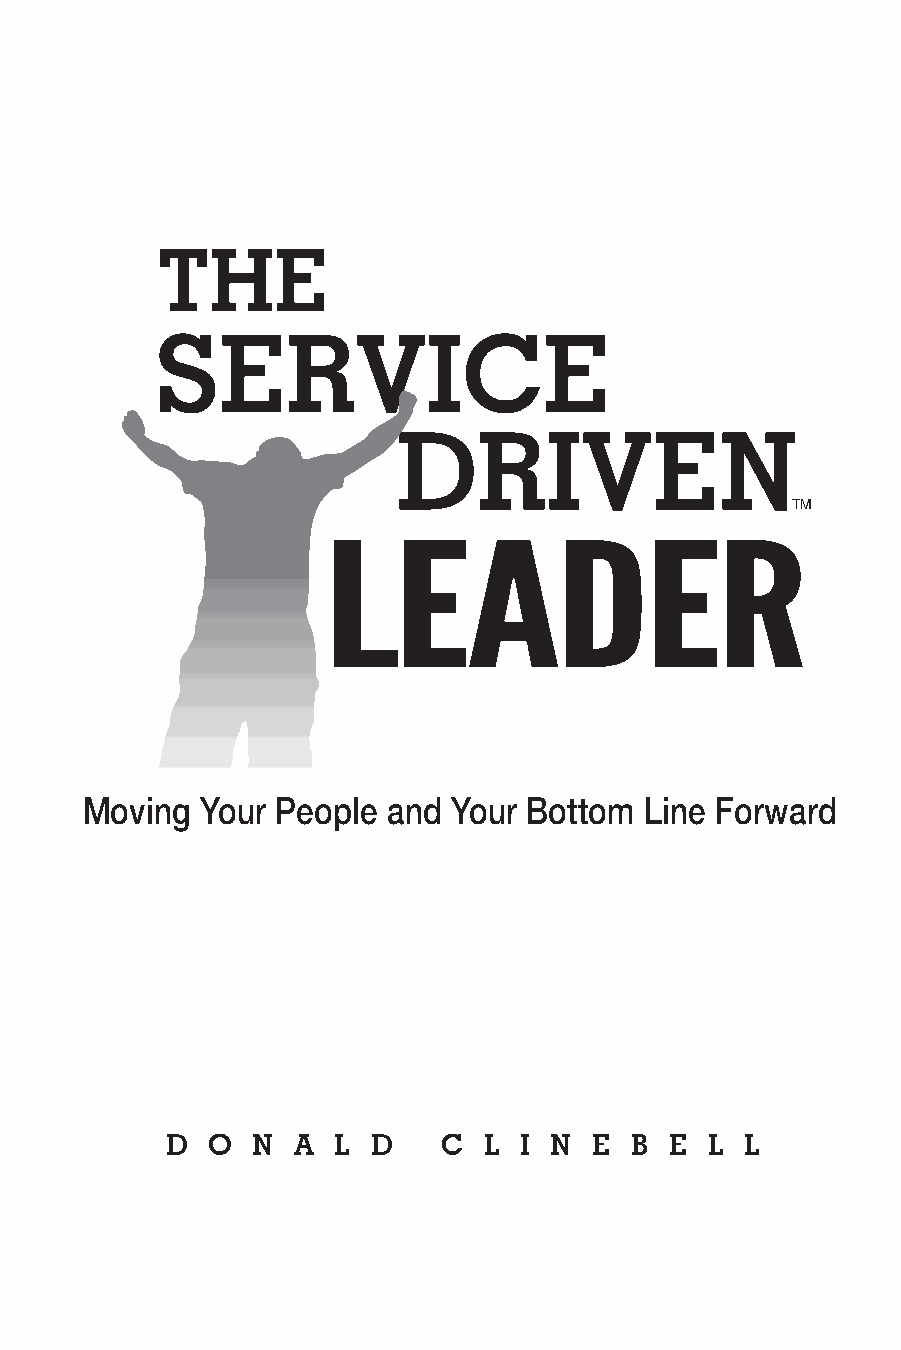
THE
 SERVICE
 DRIVEN
 TM
 LEADER
 Moving  Your People  and Your Bottom  Line Forward
 D  O  N A  L  D   C  L I N  E  B E  L L